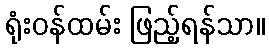
ရုံးဝန်ထမ်း ဖြည့်ရန်သာ။